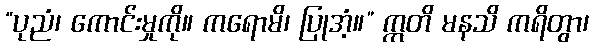
“ပုညံ၊ ကောင်းမှုကို။ ကရောမိ၊ ပြုအံ့။” ဣတိ မနသိ ကရိတွာ၊